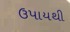
ઉપાયથી